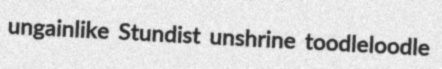
ungainlike Stundist unshrine toodleloodle